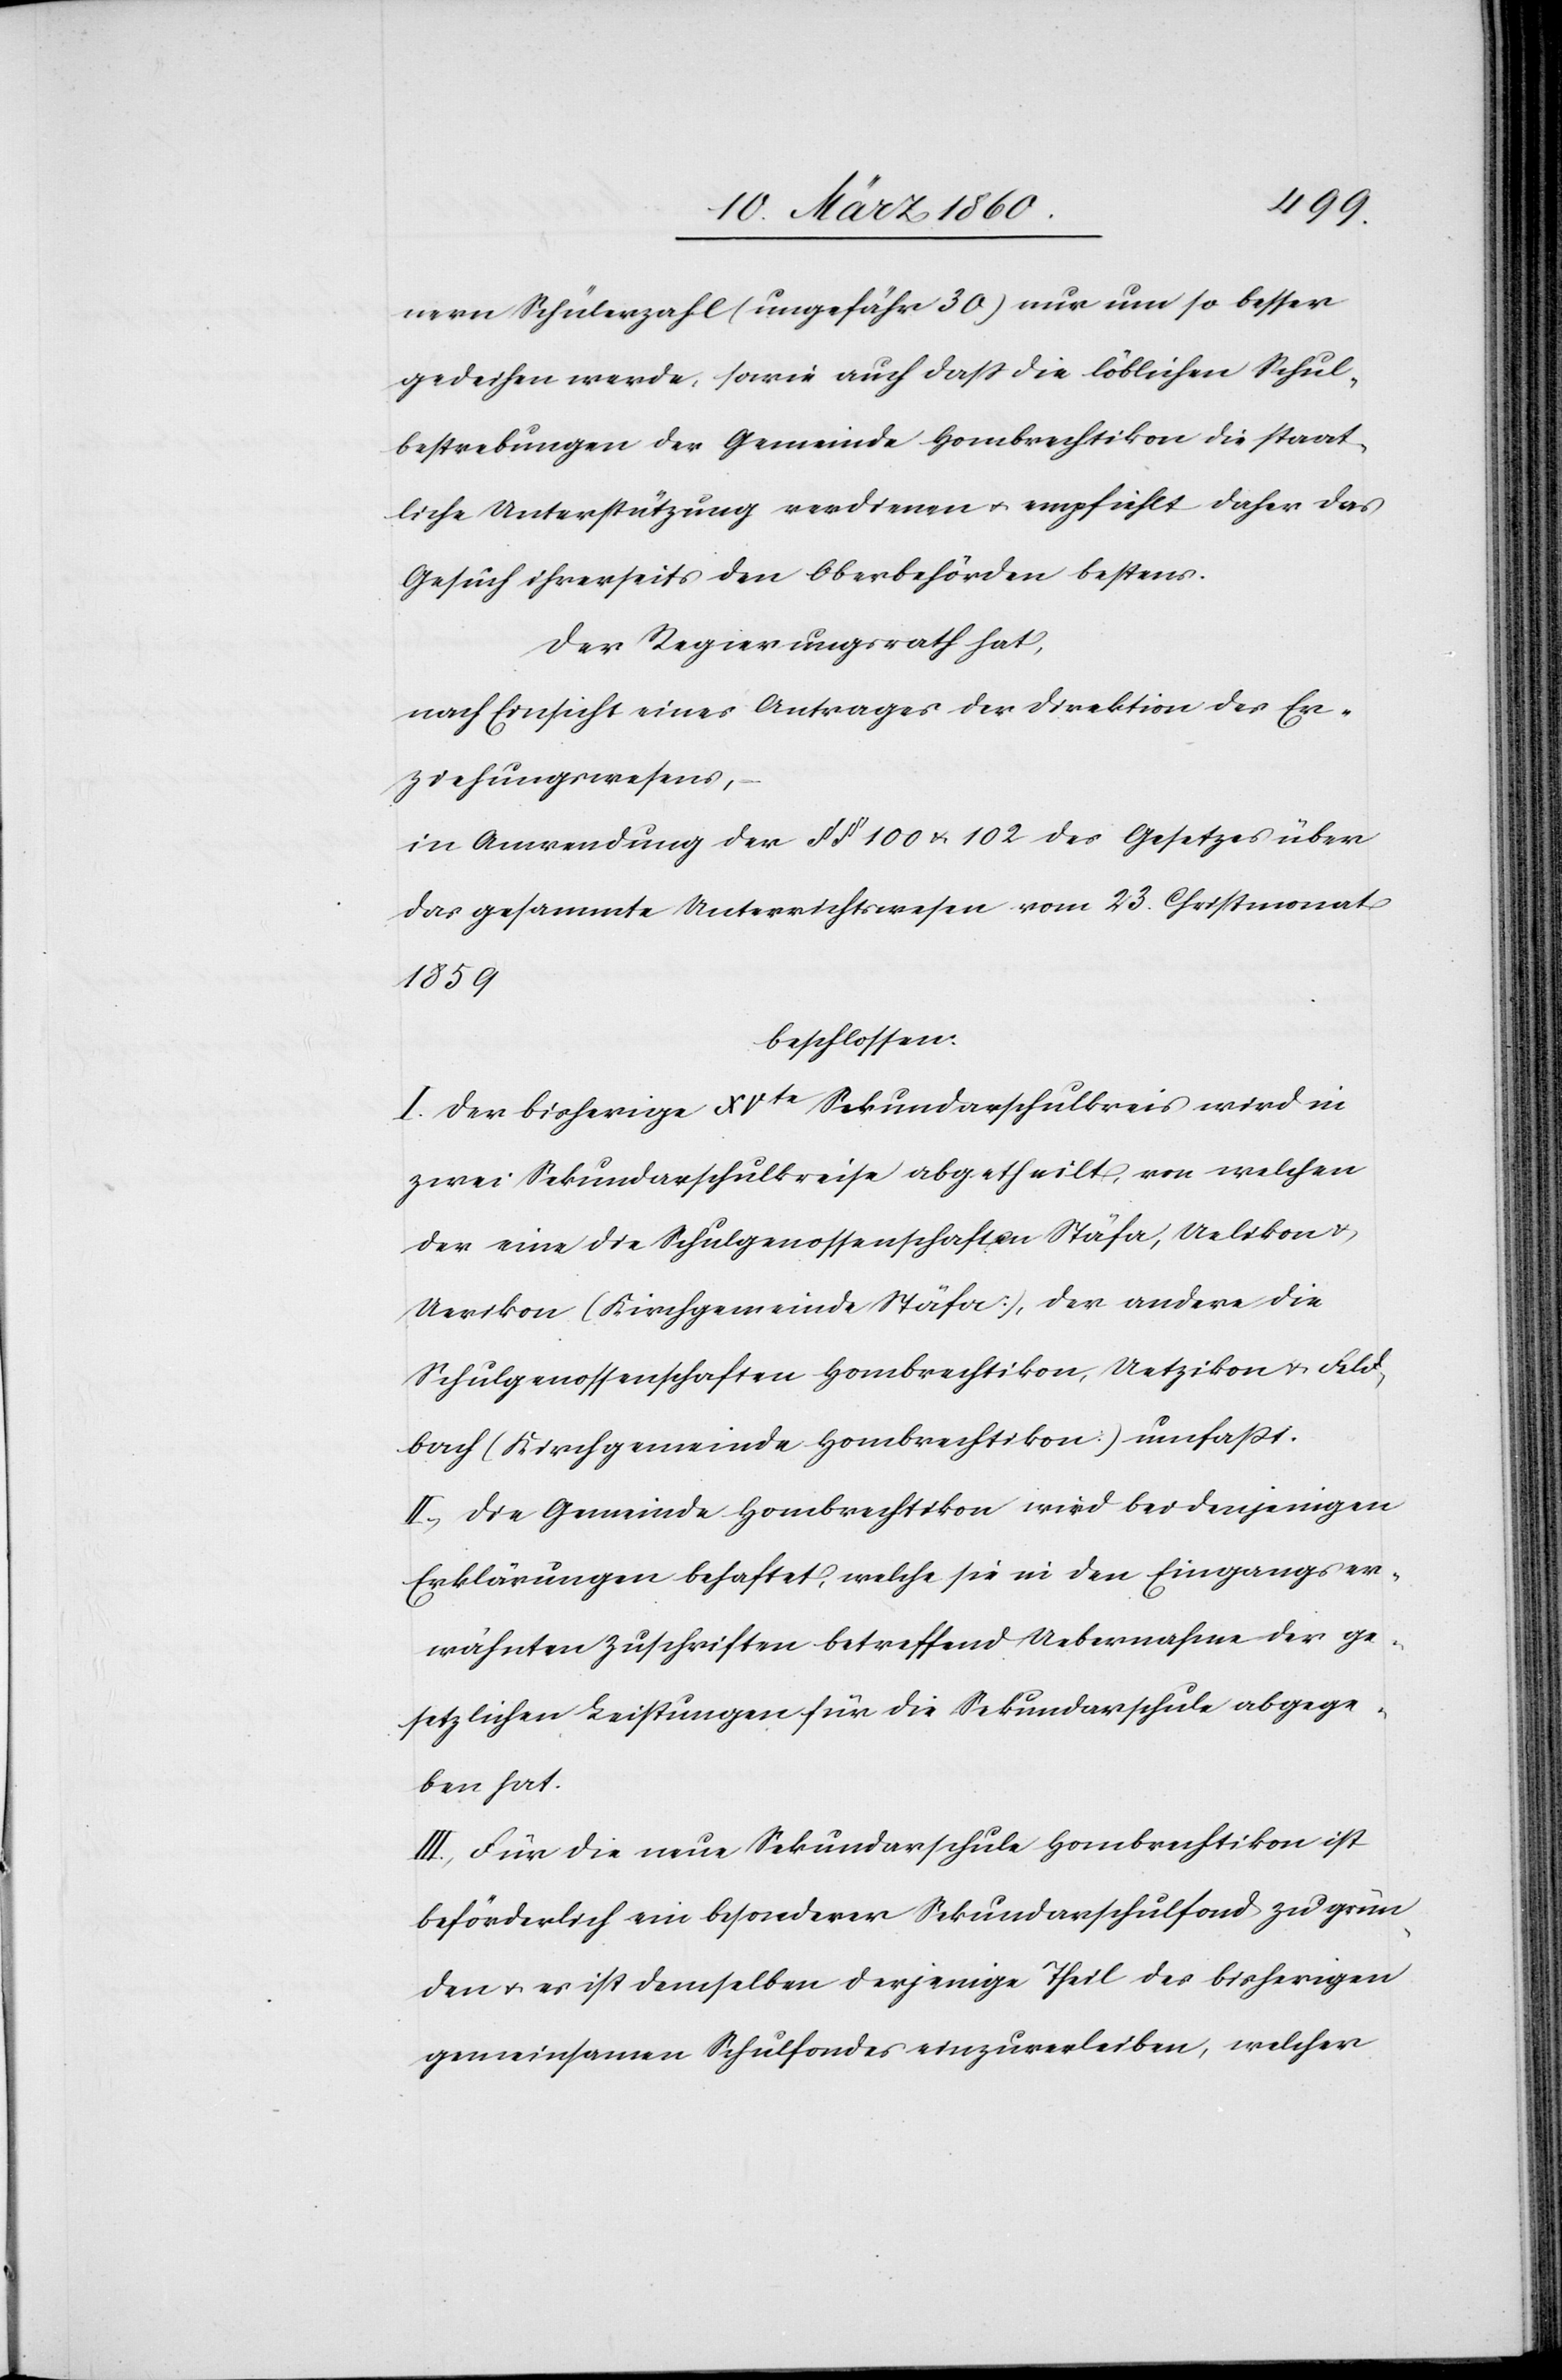
nern Schülerzahl [ungefähr 30] nur um so besser
gedeihen werde, sowie auch dass die löblichen Schul¬
bestrebungen der Gemeinde Hombrechtikon die staat¬
liche Unterstützung verdienen u. empfiehlt daher das
Gesuch ihrerseits den Oberbehörden bestens.
Der Regierungsrath hat,
nach Einsicht eines Antrages der Direktion des Er¬
ziehungswesens,
in Anwendung der §§. 100 u. 102 des Gesetzes über
das gesammte Unterrichtswesen vom 23. Christmonat
1859
beschlossen:
I. Der bisherige XVte Sekundarschulkreis wird in
zwei Sekundarschulkreise abgetheilt, von welchen
der eine die Schulgenossenschaften Stäfa, Uelikon u.
Uerikon [Kirchgemeinde Stäfa], der andere die
Schulgenossenschaften Hombrechtikon, Uetzikon u. Feld¬
bach [Kirchgemeinde Hombrechtikon] umfaßt.
II. Die Gemeinde Hombrechtikon wird bei denjenigen
Erklärungen behaftet, welche sie in den Eingangs er¬
wähnten Zuschriften betreffend Uebernahme der ge¬
setzlichen Leistungen für die Sekundarschule abgege¬
ben hat.
III. Für die neue Sekundarschule Hombrechtikon ist
beförderlich ein besonderer Sekundarschulfond zu grün¬
den u. es ist demselben derjenige Theil des bisherigen
gemeinsamen Schulfondes einzuverleiben, welcher